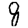
Digit: 8